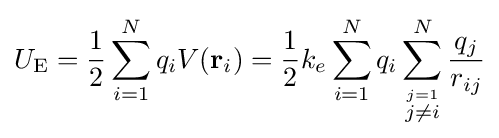
U_{\mathrm {E} }={\frac {1}{2}}\sum _{i=1}^{N}q_{i}V(\mathbf {r} _{i})={\frac {1}{2}}k_{e}\sum _{i=1}^{N}q_{i}\sum _{\stackrel {j=1}{j\neq i}}^{N}{\frac {q_{j}}{r_{ij}}}